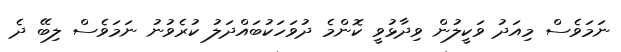
ނަމަވެސް މިއަދު ވަކީލުން ވިދާޅުވީ ކޮންމެ ދުވަހަކުބައްދަލު ކުރެވުނު ނަމަވެސް ލިބޭ ދެ